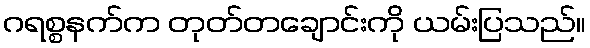
ဂရစ္စနက်က တုတ်တချောင်းကို ယမ်းပြသည်။